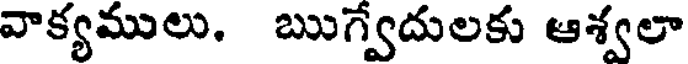
వాక్యములు. ఋగ్వేదులకు ఆశ్వలా